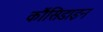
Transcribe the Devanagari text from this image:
कौंसिडाइन